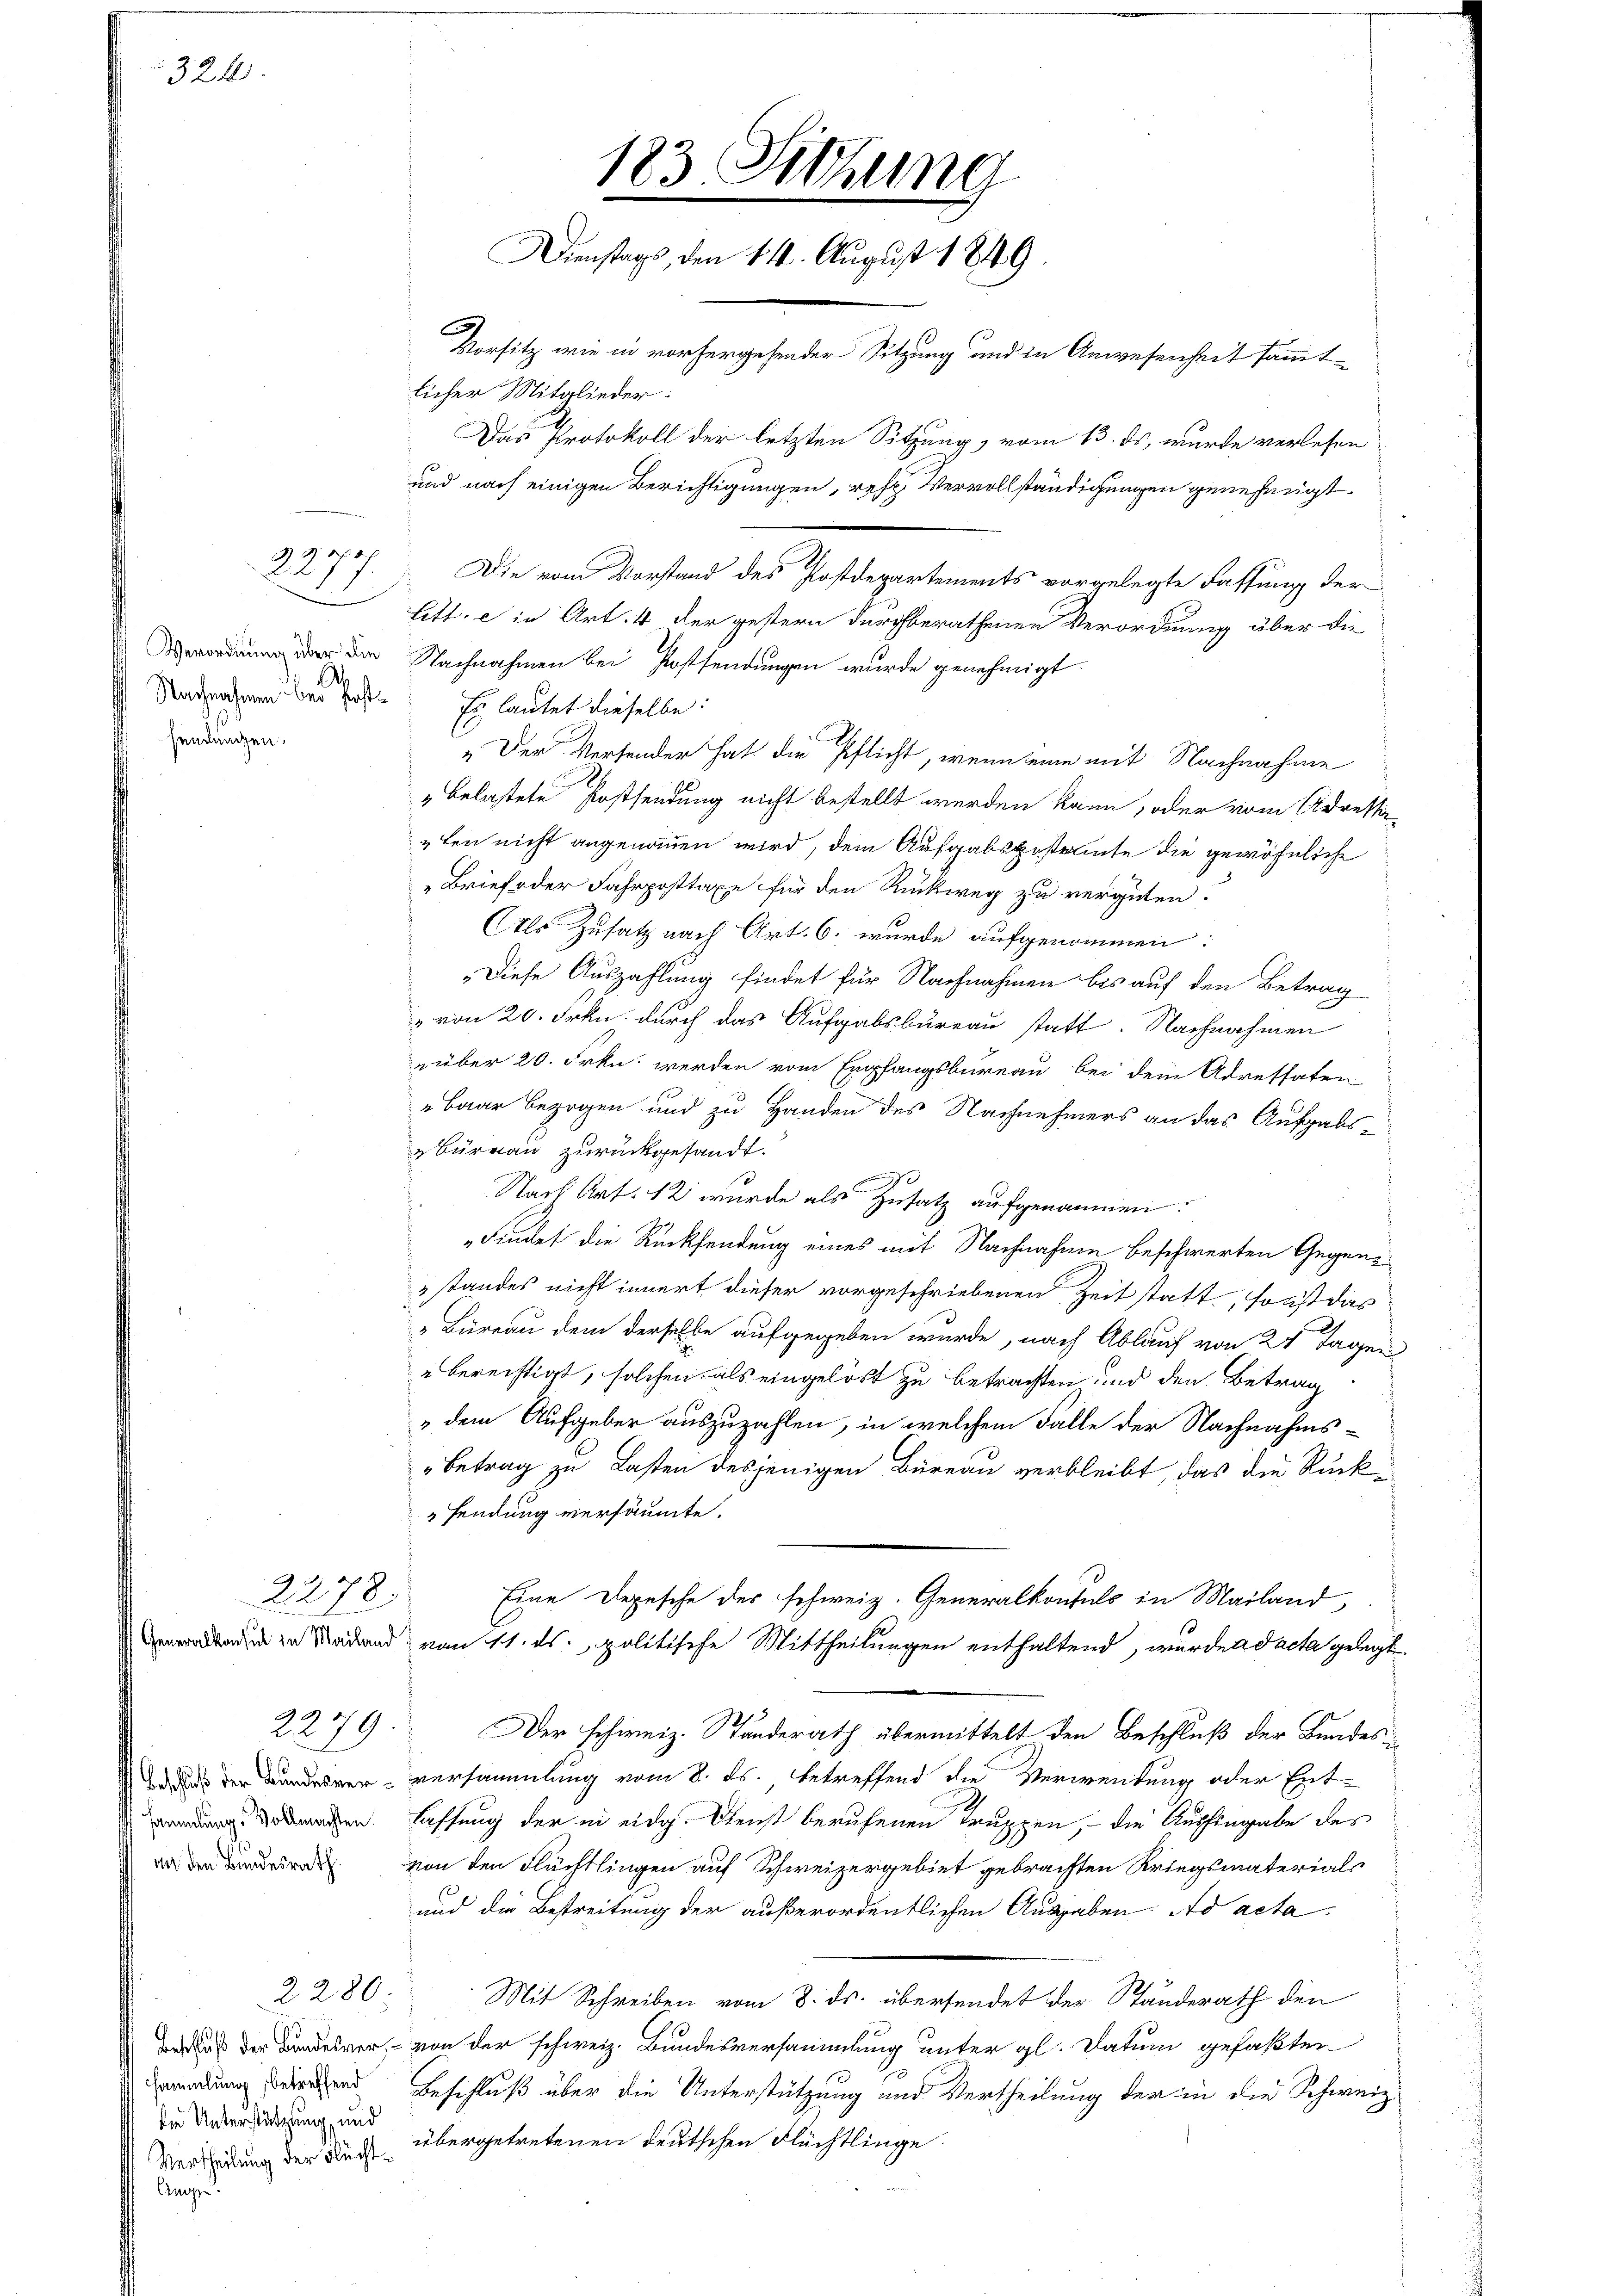
Nachnahmen bei Postsendungen.

Eins

324.

4
2211

22278.

2279

Beschluß der Bundesver¬

.

2280

sammlung, betreffend
die Unterstützung, und

183 Sitzung
Dienstags, den 114. August 1849.
Vorsitz wie in vorhergehender Sitzung und in Anwesenheit sammt
licher Mitglieder:

Die vom Vorstand des Postdepartements vorgelegte Fassung der
litt. die Art. 4 der gestern durchberathenen Verordnung über die
 er den Nachnahmen bei Festsendungen wurde genehmigt.
Es lautet dieselbe:
„Der Versender hat die Pflicht, wenn eine mit Nachnahme
" belastete Postsendung nicht bestellt werden kann, oder vom Adressi
ten nicht angenommen wird, dem Aufgabsgestamte die gewöhnliche
Brief oder Fahrposttaxe für den Rückweg zu vergüten.
Ils Zusatz nach Art. 6. wurde aufgenommen:
Diese Auszahlung findet für Nachnahmen bis auf den Betrag
" von 20. Frkn. durch das Aufgabsbureau statt. Nachnahmen
nüber 20. Frkn. werden vom Empfangsbureau bei dem Adressaten
Baar bezogen und zu Handen des Nachnehmers an das Aufgabs-
Bureau zurückgesandt.
Nach Art. 12 wurde als Zusatz aufgenommen:
Findet die Rücksendung eines mit Nachnahme beschwerten Gegenstandes nicht innert dieser vorgeschriebenen Zeit statt, sonst das
" Büreau dem derselbe aufgegeben wurde, nach Ablauf von 24 Tagen
" berechtigt, solchen, als eingelöst zu betrachten und den Betrag
„dem Aufgeber auszuzahlen, in welchem Falle der Nachnahms¬
Betrag zu Lasten desjenigen Büreau verbleibt, das die Rück-
 sendung versäumte.
Eine Depesche des schweiz. Generalkonsuls in Mailand,
aden zu Raden, von 11. ds., politische Mittheilungen enthaltend, wurde ad acta gelegt
Der schweiz. Standerath übermittelt den Beschluß der Bundes-
versammlung vom 8. ds. betreffend die Verwendung oder Ent-
en lassung der in eidg. Dienst berufenen Truppen, – die Aushingabe des
 von den Flächtlingen auf Schweizergebiet gebrachten Kriegsmaterials
und die Bestreitung der außerordentlichen Ausgaben. Ad acta
Mit Schreiben vom 8. ds. übersendet der Standerath den
aus der Bundesver, von der schweiz. Bundesversammlung unter gl. Datum gefaßten
Beschluß über die Unterstützung und Vertheilung der in die Schweiz.
Verscheidung der Buch übergetretenen deutschen Flächtlinge.

Das Protokoll der letzten Sitzung, vom 13. ds, wurde verlesen
und nach einigen Berichtigungen, res Vervollständigungen genehmigt.